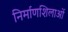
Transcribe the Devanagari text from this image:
निर्माणशिलाओं